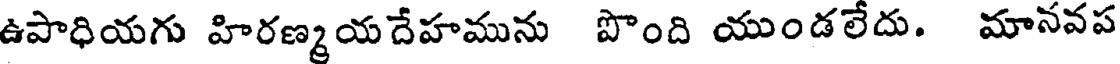
ఉపాధియగు హిరణ్మయదేహమును పొంది యుండలేదు. మానవప